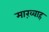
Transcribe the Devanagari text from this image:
माख़्वाह